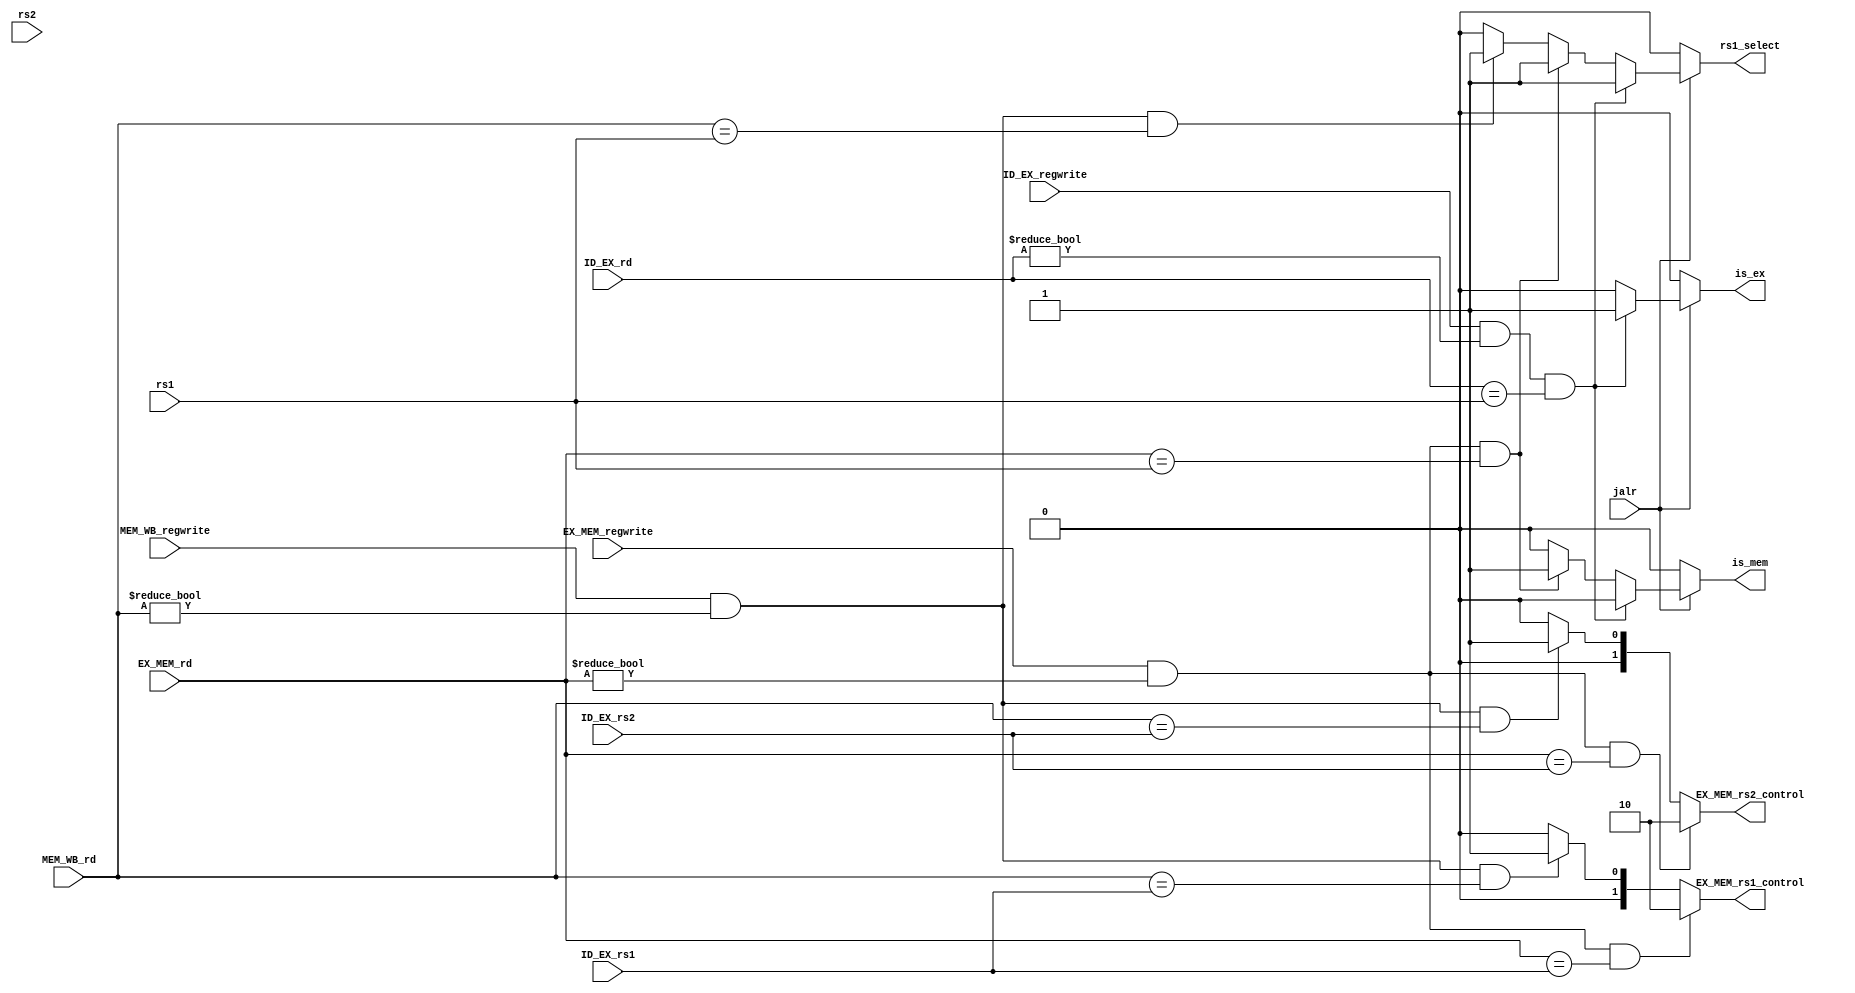
module forwarding_unit(
    input [4:0] ID_EX_rs1,
    input [4:0] ID_EX_rs2,
    input [4:0] ID_EX_rd,
    input [4:0] EX_MEM_rd,
    input [4:0] MEM_WB_rd,
    input [4:0] rs1,
    input [4:0] rs2,
    input jalr,
    input ID_EX_regwrite,
    input EX_MEM_regwrite,
    input MEM_WB_regwrite,
    output reg rs1_select,
    output reg is_mem,
    output reg is_ex,
    output reg [1:0] EX_MEM_rs1_control,
    output reg [1:0] EX_MEM_rs2_control
);

always@(*) begin //deal with jalr branch right after JTYPE
    is_mem  = 1'd0;
    is_ex   = 1'd0; 
    rs1_select = 1'd0;
    if(jalr) begin
        if(ID_EX_regwrite && (ID_EX_rd != 5'd0) && (ID_EX_rd == rs1)) begin
            is_ex = 1'b1;
            rs1_select = 1'b1;
        end
        else if(EX_MEM_regwrite && (EX_MEM_rd != 5'd0) && (EX_MEM_rd == rs1)) begin
            is_mem = 1'b1;
            rs1_select = 1'b1;
        end
        else if (MEM_WB_regwrite && (MEM_WB_rd != 5'd0) && MEM_WB_rd == rs1) begin  //&& !(EX_MEM_regwrite && EX_MEM_rd != 5'd0 && EX_MEM_rd == rs1)
            is_mem = 1'b0;
            rs1_select = 1'b1;
        end
    end
    else begin
        is_mem = 1'b0;
        rs1_select = 1'b0;
    end 
end

always@(*) begin
    if(EX_MEM_regwrite && (EX_MEM_rd != 5'd0) && (EX_MEM_rd == ID_EX_rs1)) begin
        EX_MEM_rs1_control = 2'b10;
    end
    else if (MEM_WB_regwrite && MEM_WB_rd != 5'd0 && MEM_WB_rd == ID_EX_rs1)
        EX_MEM_rs1_control = 2'b01;
    else EX_MEM_rs1_control = 2'b00;
    
    if(EX_MEM_regwrite && EX_MEM_rd != 5'd0 && EX_MEM_rd == ID_EX_rs2) begin
        EX_MEM_rs2_control = 2'b10;
    end
    else if (MEM_WB_regwrite && MEM_WB_rd != 5'd0 && MEM_WB_rd == ID_EX_rs2)
        EX_MEM_rs2_control = 2'b01;
    else EX_MEM_rs2_control = 2'b00;

end

endmodule